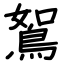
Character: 鴽